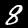
Label: 8